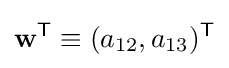
{\bf {w}}^{\textsf {T}}\equiv (a_{12},a_{13})^{\textsf {T}}